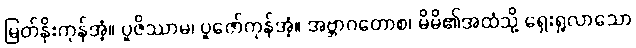
မြတ်နိုးကုန်အံ့။ ပူဇိဿာမ၊ ပူဇော်ကုန်အံ့။ အဗ္ဘာဂတောစ၊ မိမိ၏အထံသို့ ရှေးရှုလာသော